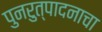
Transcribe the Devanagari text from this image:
पुनरुत्पादनाचा